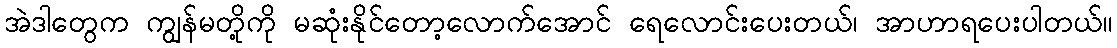
အဲဒါတွေက ကျွန်မတို့ကို မဆုံးနိုင်တော့လောက်အောင် ရေလောင်းပေးတယ်၊ အာဟာရပေးပါတယ်။